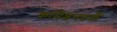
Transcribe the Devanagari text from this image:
कमिशनतर्फे